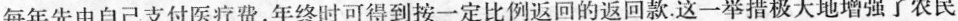
每年先由自己支付医疗费，年终时可得到按一定比例返回的返回款。这一举措极大地增强了农民